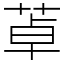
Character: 䓬